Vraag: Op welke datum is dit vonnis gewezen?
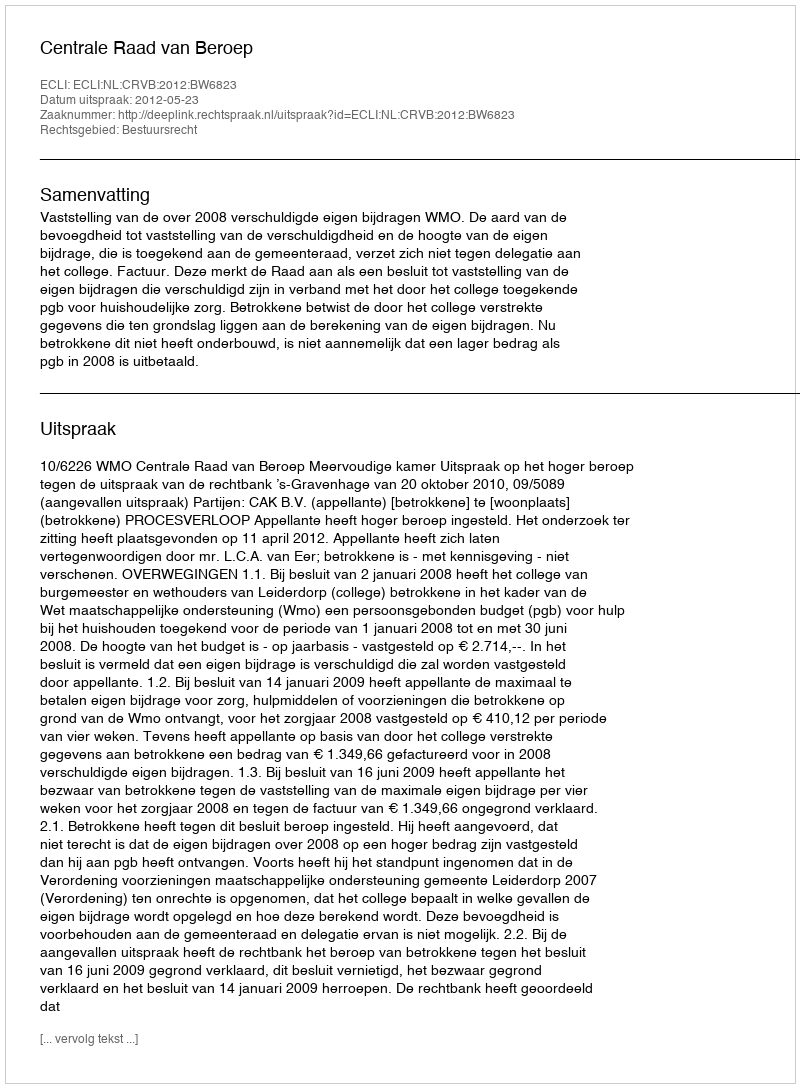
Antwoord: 2012-05-23